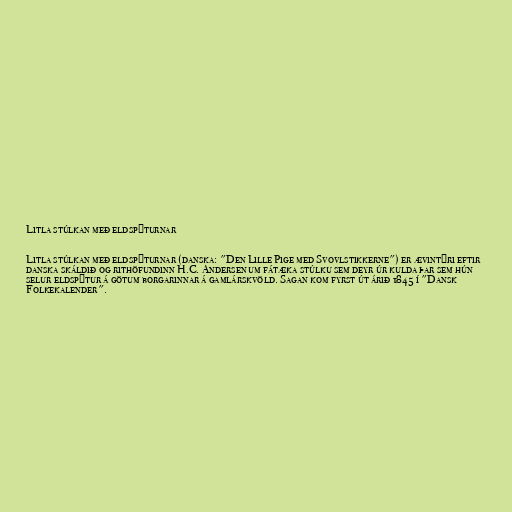
Litla stúlkan með eldspýturnar

Litla stúlkan með eldspýturnar (danska: "Den Lille Pige med Svovlstikkerne") er ævintýri eftir
danska skáldið og rithöfundinn H.C. Andersen um fátæka stúlku sem deyr úr kulda þar sem hún
selur eldspýtur á götum borgarinnar á gamlárskvöld. Sagan kom fyrst út árið 1845 í "Dansk
Folkekalender".